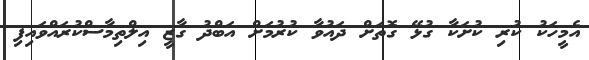
އެމީހަކު ކުރި ކުށަކާ ގުޅޭ ގޮތަށް ދައުވާ ކުރުމަށް އަބްދު ގާޒީ އިލްތިމާސްކުރައްވައިފި